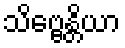
သိဗ္ဗေန္တိယာ